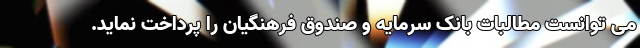
می توانست مطالبات بانک‌ سرمایه و صندوق فرهنگیان را پرداخت نماید.